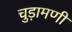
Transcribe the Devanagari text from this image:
चुड़ामणी